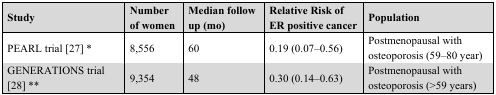
| Study | Number of women | Median follow up (mo) | Relative Risk of ER positive cancer | Population |
 | --- | --- | --- | --- | --- |
 | PEARL trial [27] * | 8,556 | 60 | 0.19 (0.07-0.56) | Postmenopausal with osteoporosis (59-80 year) |
 | GENERATIONS trial [28] ** | 9,354 | 48 | 0.30 (0.14-0.63) | Postmenopausal with osteoporosis (>59 years) |